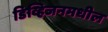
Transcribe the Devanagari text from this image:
डिव्हिजनमधील